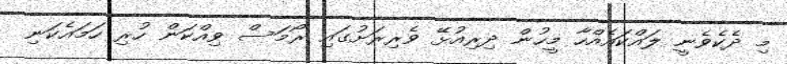
މި ދެކެވެނީ ލައްކައެއްހާ މީހުން ދިރިއުޅޭ ވެރިރަށުގައި ރޯމަސް ވިއްކަން ހުރި ހަމައެކަނި